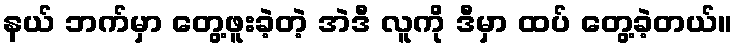
နယ် ဘက်မှာ တွေ့ဖူးခဲ့တဲ့ အဲဒီ လူကို ဒီမှာ ထပ် တွေ့ခဲ့တယ်။